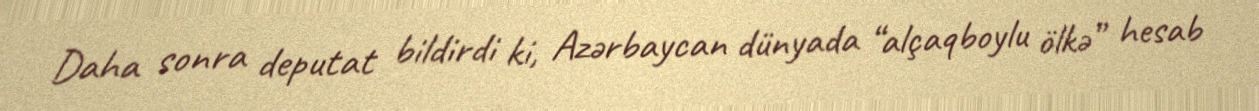
Daha sonra deputat bildirdi ki, Azərbaycan dünyada “alçaqboylu ölkə” hesab